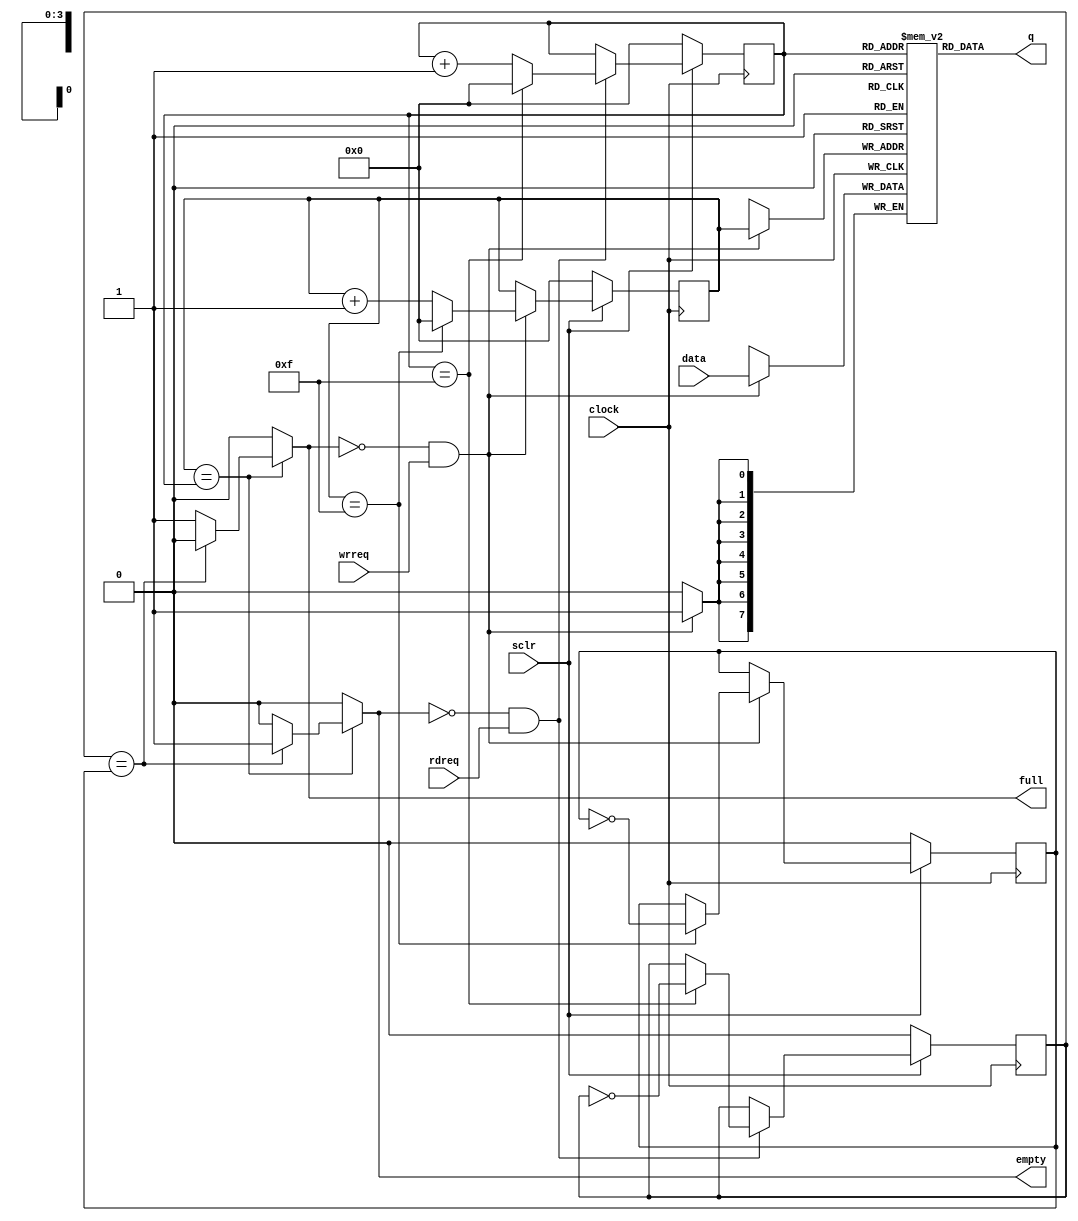
/*
 * Copyright (c) 2023 by Liyuxuan, all rights reserved.
 */

module FIFO
(
    input       clock,
    input       sclr,

    input       rdreq, wrreq,
    output reg  full, empty,

    input[7:0]  data,
    output[7:0] q
);

reg [7:0] mem [15:0];
reg [3:0] wp, rp;
reg w_flag, r_flag;

initial
begin
    wp=0;
    w_flag=0;
    rp=0;
    r_flag=0;
end

always @(posedge clock)
begin
    if (~sclr) 
    begin
        wp <= 0;
        w_flag <= 0;
    end 
    else if(!full && wrreq) 
    begin 
        wp<= (wp==16-1) ? 0 : wp+1;
        w_flag <= (wp==16-1) ? ~w_flag : w_flag;
    end
end

always @(posedge clock)
begin
    if(wrreq && !full)
    begin
        mem[wp] <= data;
    end
end

always @(posedge clock) 
begin
    if (~sclr) 
    begin
        rp<=0;
        r_flag <= 0;
    end 
    else if(!empty && rdreq) 
    begin 
        rp<= (rp==16-1) ? 0 : rp+1;
        r_flag <= (rp==16-1) ? ~r_flag : r_flag;
    end
end

assign q = mem[rp];

always @(*) 
begin
    if(wp==rp)
    begin
        if(r_flag==w_flag)
        begin
            full <= 0;
            empty <= 1;
        end 
        else
        begin
            full <= 1;
            empty <= 0;
        end
    end 
    else
    begin
        full <= 0;
        empty <= 0;
    end
end

endmodule